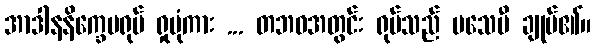
အာဒါနနိက္ခေပရုပ် ရှုပုံကား ... တဘဝအတွင်း ရုပ်သည် မသေမီ ချုပ်၏။